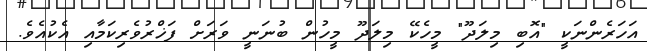
އަހަރެންނަކީ "އޮބި މިލަދޫ" މީހެކޭ މިލަދޫ މީހުން ބުނަނީ ވަރަށް ފަޚްރުވެރިކަމާއި އެކުއެވެ.